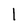
Character: l